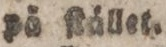
på ſtället.